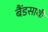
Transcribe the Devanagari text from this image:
बैंडसाथी